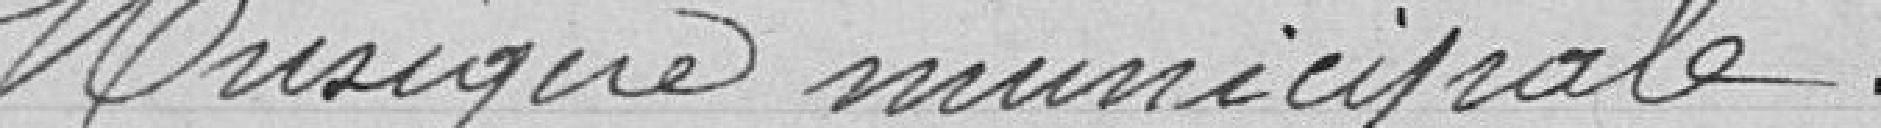
Musique municipale.